Vaccination in the Punjab 1867-1880 - 1867-1880
Year: 1867
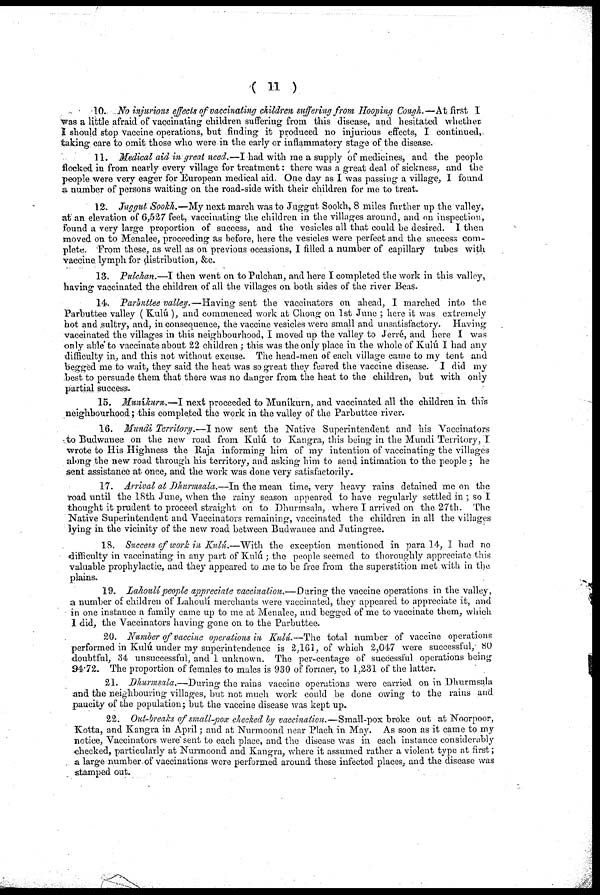
( 11 )
10. No injurious effects of vaccinating children suffering from Hooping Cough.—At first 1
was a little afraid of vaccinating children suffering from this disease, and hesitated whether-
I should stop vaccine operations, but finding it produced no injurious effects, I continued,
taking care to omit those who were in the early or inflammatory stage of the disease.
11. Medical aid in great need.—I had with me a supply of medicines, and the people
flocked in from nearly every village for treatment: there was a great deal of sickness, and the
people were very eager for European medical aid. One day as I was passing a village, I found
a number of persons waiting on the road-side with their children for me to treat.
12. Juggut Sookh.—My next march was to Juggut Sookh, 8 miles further up the valley,
at an elevation of 6,527 feet, vaccinating the children in the villages around, and on inspection,
Found a very large proportion of success, and the vesicles all that could be desired. I then
moved on to Menalee, proceeding as before, here the vesicles were perfect and the success com-
plete. From these, as well as on previous occasions, I filled a number of capillary tubes with
vaccine lymph for distribution, &c.
13. Pulchan.—I then went on to Pulchan, and here I completed the work in this valley,
having vaccinated the children of all the villages on both sides of the river Beas.
14. Parbuttee valley.—Having sent the vaccinators on ahead, I marched into the
Parbuttee valley ( Kulú), and commenced work at Choug on 1st June ; here it was extremely
hot and .sultry, and, in consequence, the vaccine vesicles were small and unsatisfactory. Having
vaccinated the villages in this neighbourhood, I moved up the valley to Jerré, and here I was
only able to vaccinate about 22 children ; this was the only place in the whole of Kulú I had any
difficulty in, and this not without excuse. The head-men of each village came to my tent and
begged me to wait, they said the heat was so great they feared the vaccine disease. I did my
best to persuade them that there was no danger from the heat to the children, but with only
partial success.
15. Muníkurn—I next proceeded to Muníkurn, and vaccinated all the children in this
neighbourhood; this completed the work in the valley of the Parbuttee river.
16. Mundi Territory.—I now sent the Native Superintendent and his Vaccinators
to Budwanee on the new road from Kulú to Kangra, this being in the Mundi Territory, I
wrote to His Highness the Raja informing him of my intention of vaccinating the villages
along the new road through his territory, and asking him to send intimation to the people ; he
sent assistance at once, and the work was done very satisfactorily.
17. Arrival at Dhurmsala.—In the mean time, very heavy rains detained me on the
road until the 18th June, when the rainy season appeared to have regularly settled in ; so I
thought it prudent to proceed straight on to Dhurmsala, where I arrived on the 27th. The
Native Superintendent and Vaccinators remaining, vaccinated the children in all the villages
lying in the vicinity of the new road between Budwanee and Jutingree.
18. Success of work in Kulú.—With the exception mentioned in para 14, I had no
difficulty in vaccinating in any part of Kulú ; the people seemed to thoroughly appreciate this
valuable prophylactic, and they appeared to me to be free from the superstition met with in the
plains.
19. Lahoulí people appreciate vaccination.—During the vaccine operations in the valley,
a number of children of Lahoulí merchants were vaccinated, they appeared to appreciate it, and
in one instance a family came up to me at Menalee, and begged of me to vaccinate them, which
I did, the Vaccinators having gone on to the Parbuttee.
20. Number of vaccine operations in Kulú.—The total number of vaccine operations
performed in Kulú under my superintendence is 2,161, of which 2,047 were successful, 80
doubtful, 34 unsuccessful, and 1 unknown. The per-centage of successful operations being
94.72. The proportion of females to males is 930 of former, to 1,231 of the latter.
21. Dhurmsala.—During the rains vaccine operations were carried on in Dhurmsala
and the neighbouring villages, but not much work could be done owing to the rains and
paucity of the population; but the vaccine disease was kept up.
22. Out-breaks of small-pox checked by vaccination.—Small-pox broke out at Noorpoor,
Kotta, and Kangra in April; and at Nurmoond near Plach in May. As soon as it came to my
notice, Vaccinators were sent to each place, and the disease was in each instance considerably
checked, particularly at Nurmoond and Kangra, where it assumed rather a violent type at first;
a large number of vaccinations were performed around these infected places, and the disease was
stamped out.